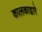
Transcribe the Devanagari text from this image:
कालकाद्वारे